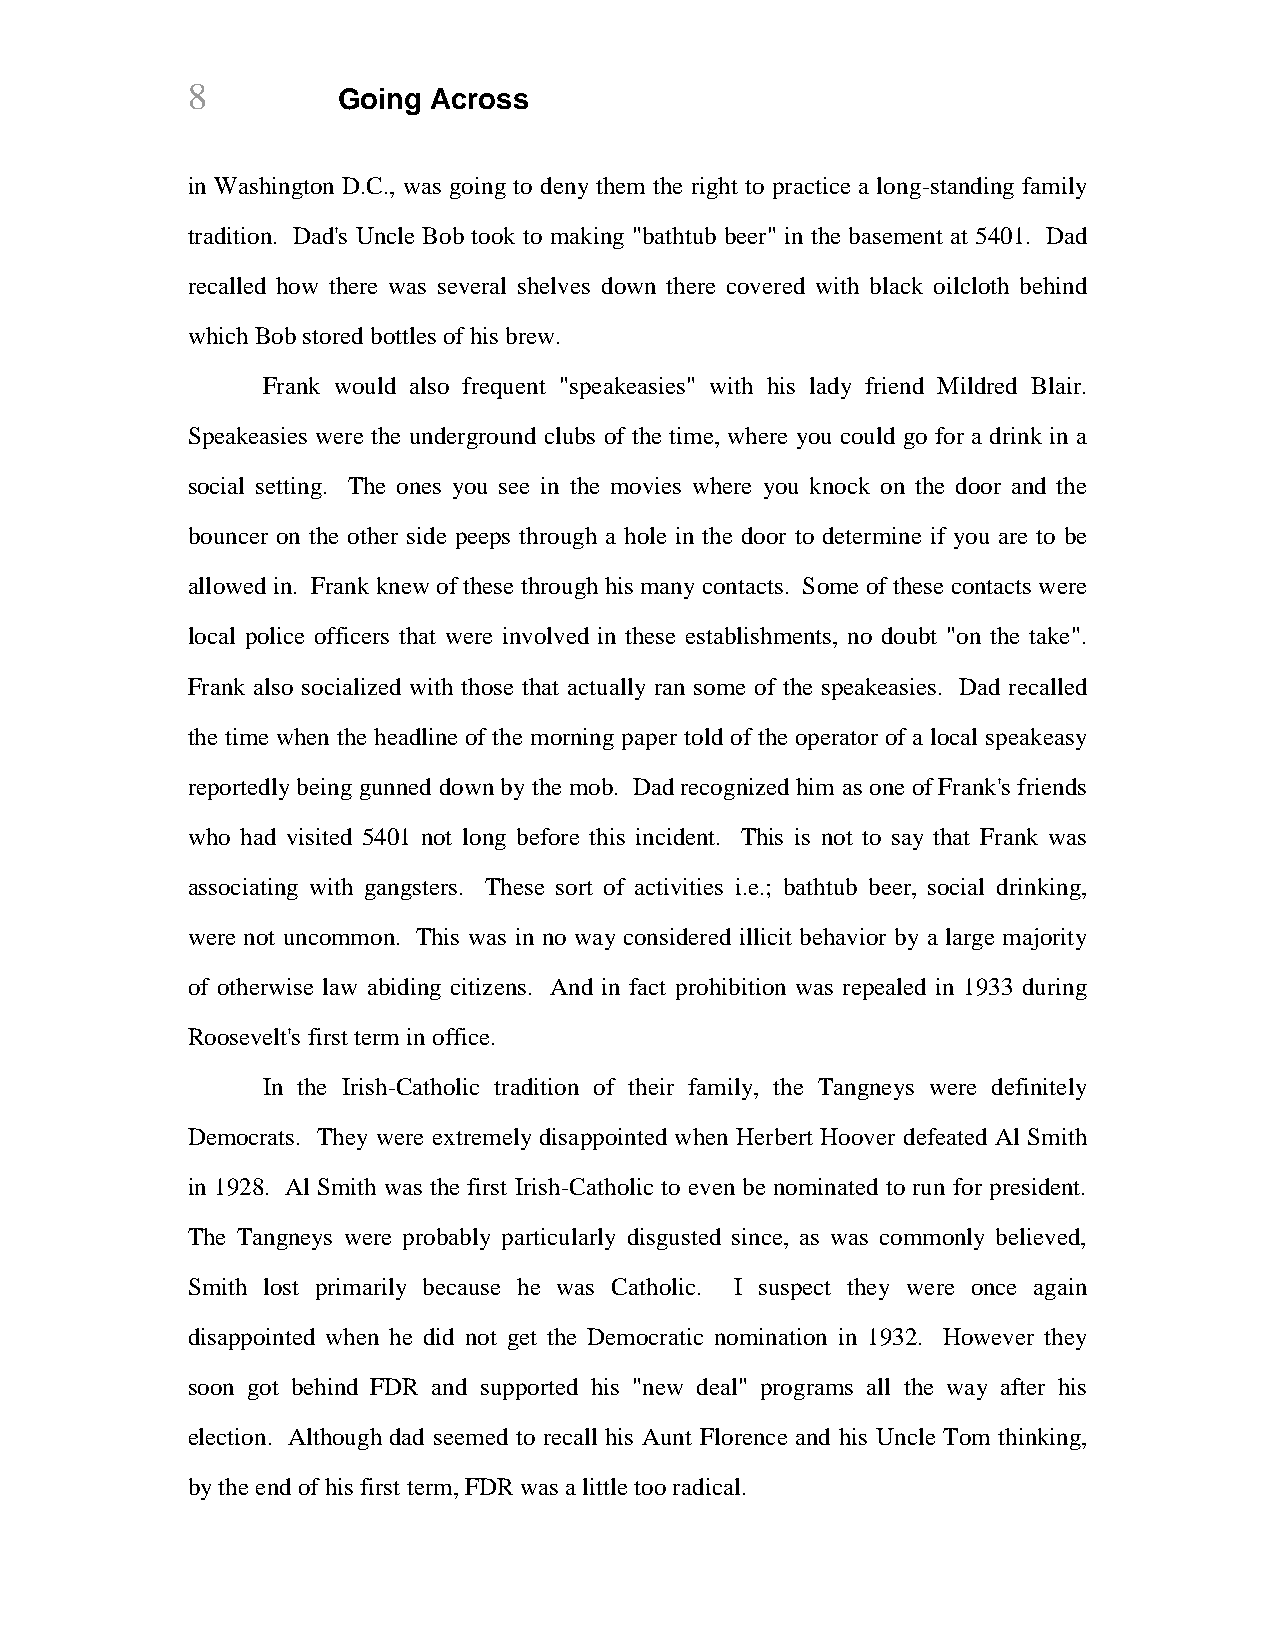
8         Going Across
 in Washington D.C., was going to deny them the right to practice a long-standing family
 tradition. Dad's Uncle Bob took to making "bathtub beer" in the basement at 5401. Dad
 recalled how there was several shelves down there covered with black oilcloth behind
 which Bob stored bottles of his brew.
 Frank would also frequent "speakeasies" with his lady friend Mildred Blair.
 Speakeasies were the underground clubs of the time, where you could go for a drink in a
 social setting. The ones you see in the movies where you knock on the door and the
 bouncer on the other side peeps through a hole in the door to determine if you are to be
 allowed in. Frank knew of these through his many contacts. Some of these contacts were
 local police officers that were involved in these establishments, no doubt "on the take".
 Frank also socialized with those that actually ran some of the speakeasies. Dad recalled
 the time when the headline of the morning paper told of the operator of a local speakeasy
 reportedly being gunned down by the mob. Dad recognized him as one of Frank's friends
 who had visited 5401 not long before this incident. This is not to say that Frank was
 associating with gangsters. These sort of activities i.e.; bathtub beer, social drinking,
 were not uncommon. This was in no way considered illicit behavior by a large majority
 of otherwise law abiding citizens. And in fact prohibition was repealed in 1933 during
 Roosevelt's first term in office.
 In the Irish-Catholic tradition of their family, the Tangneys were definitely
 Democrats. They were extremely disappointed when Herbert Hoover defeated Al Smith
 in 1928. Al Smith was the first Irish-Catholic to even be nominated to run for president.
 The Tangneys were probably particularly disgusted since, as was commonly believed,
 Smith lost primarily because he was Catholic. I suspect they were once again
 disappointed when he did not get the Democratic nomination in 1932. However they
 soon got behind FDR and supported his "new deal" programs all the way after his
 election. Although dad seemed to recall his Aunt Florence and his Uncle Tom thinking,
 by the end of his first term, FDR was a little too radical.